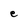
Character: e